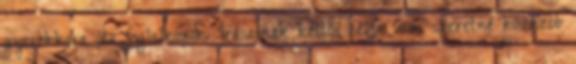
gyerekkora óta foglalkozik. Írásainak kettős célja van: szeretné közelebb